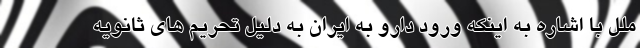
ملل با اشاره به اینکه ورود دارو به ایران به دلیل تحریم های ثانویه